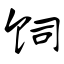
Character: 饲